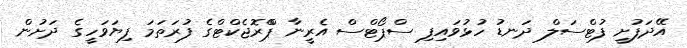
އޭދަފުށީ ފުޓްސަލް ދަނޑު ހުޅުވައިފި ސްޕޯޓްސް އެރީނާ ޕްްރޮޖެކްޓްގެ ފުރަތަމަ ފިޔަވަހީގެ ދަށުން